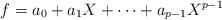
LaTeX: \begin{align*} f=a_0+a_1X+\cdots+a_{p-1}X^{p-1}\end{align*}